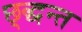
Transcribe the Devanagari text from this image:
छ्द्धन्त